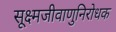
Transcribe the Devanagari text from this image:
सूक्ष्मजीवाणुनिरोधक